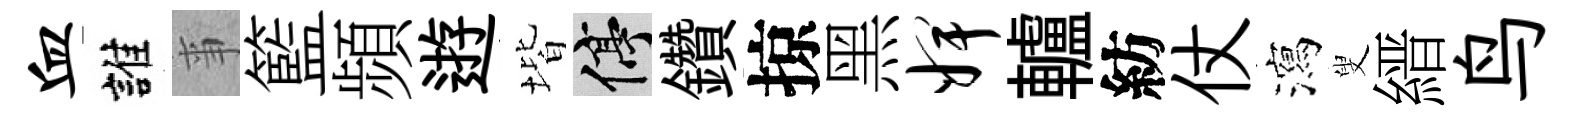
血誰亊籃頻逰堦停鑽掠黑婢轤紡仗瀉叟縉鸟